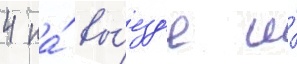
4 на́ вы́езд'е и́